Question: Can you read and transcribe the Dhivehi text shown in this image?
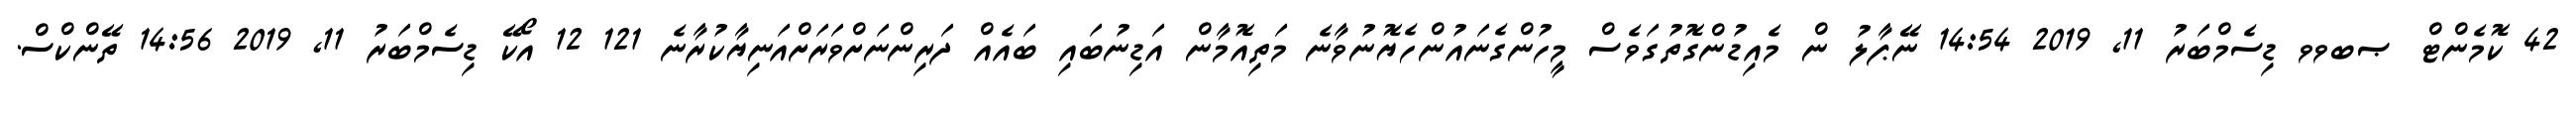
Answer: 42 ކޮމެންޓް ޞބވވ ޑިސެމްބަރު 11, 2019 14:54 ނޭޕާލު ން މެއިޑުންގޮތުގަވެސް މީހުންގެނައުންހެޔޮނުވާނެ މަތިއޮމާން އަޑިނުބައި ބައެއް ދަރިންނަށްވަރަށްއަނިޔާކުރާނެ 121 12 އޯކޭ ޑިސެމްބަރު 11, 2019 14:56 ތޭންކްސް.